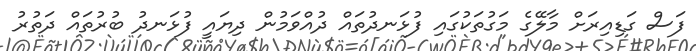
ފަސް ގަޑިއިރަށް މާލޭގެ މަގުތަކުގައި ފުޅަނދުތައް ދުއްވަމުން ދިޔައީ ފުޅަނދު ބުރުތައް ދަތުރު